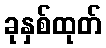
ခုနှစ်ထုတ်